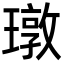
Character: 㻻